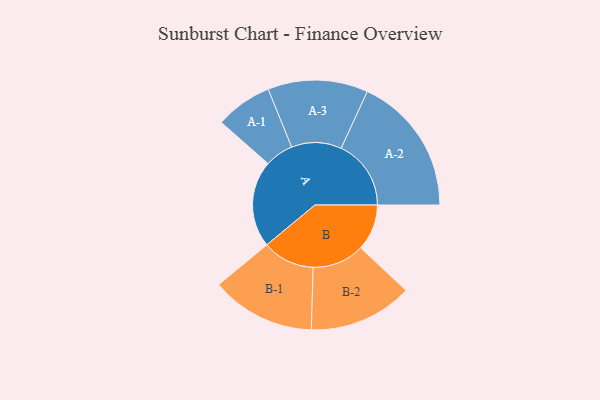
{"axis": {"x": "Segment", "y": "Value"}, "legend": ["", "A", "B"], "data": [{"x": "A", "y": 362, "type": ""}, {"x": "B", "y": 193, "type": ""}, {"x": "A-1", "y": 119, "type": "A"}, {"x": "A-2", "y": 292, "type": "A"}, {"x": "A-3", "y": 209, "type": "A"}, {"x": "B-1", "y": 218, "type": "B"}, {"x": "B-2", "y": 217, "type": "B"}]}